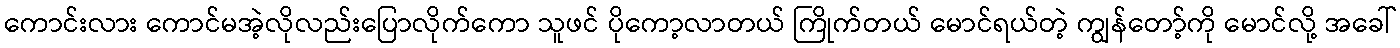
ကောင်းလား ကောင်မအဲ့လိုလည်းပြောလိုက်ကော သူဖင် ပိုကော့လာတယ် ကြိုက်တယ် မောင်ရယ်တဲ့ ကျွန်တော့်ကို မောင်လို့ အခေါ်